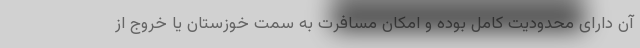
آن دارای محدودیت کامل بوده و امکان مسافرت به سمت خوزستان یا خروج از